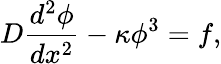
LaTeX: D\frac{d^{2}\phi}{dx^{2}}-\kappa\phi^{3}=f,